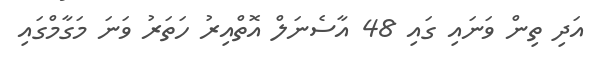
އަދި ތިން ވަނައި ގައި 48 އާސެނަލް އޮތްއިރު ހަތަރު ވަނަ މަގާމްގައި